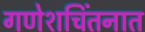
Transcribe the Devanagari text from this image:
गणेशचिंतनात